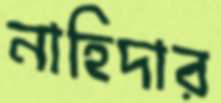
নাহিদার